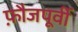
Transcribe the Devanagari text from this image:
फ़ौजपूर्वी